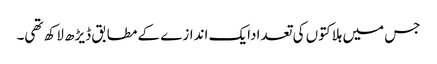
جس میں ہلاکتوں کی تعدادایک اندازے کے مطابق ڈیڑھ لاکھ تھی۔